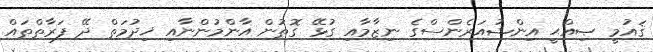
ޤައުމީ ޞިއްޙީ އިންޝުއަރެންސްގެ ނިޒާމާއި ގުޅޭ ގޮތުން އާންމުންނާއި ޚިދުމަތް ދޭ ފަރާތްތައް